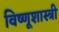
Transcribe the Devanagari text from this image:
विष्णूशास्त्री